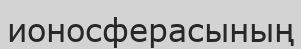
ионосферасының